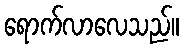
ရောက်လာလေသည်။